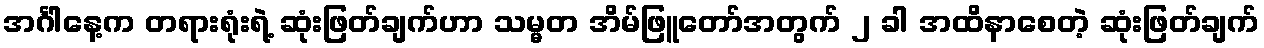
အင်္ဂါနေ့က တရားရုံးရဲ့ ဆုံးဖြတ်ချက်ဟာ သမ္မတ အိမ်ဖြူတော်အတွက် ၂ ခါ အထိနာစေတဲ့ ဆုံးဖြတ်ချက်